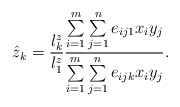
\begin{align*}\hat{z}_{k}=\frac{l_{k}^{z}}{l_{1}^{z}}\frac{\sum\limits_{i=1}^m \sum\limits_{j=1}^n {e_{ij1}x_{i}y_{j}} }{\sum\limits_{i=1}^m \sum\limits_{j=1}^n {e_{ijk}x_{i}y_{j}} }.\end{align*}